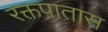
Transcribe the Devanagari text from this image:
रक्तपातास